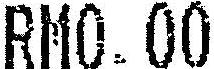
RM0.00